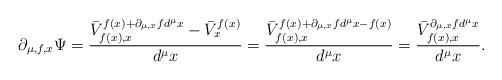
LaTeX: \begin{align*}\partial_{\mu,f,x}\Psi=\frac{\bar{V}^{f(x)+\partial_{\mu,x}fd^{\mu}x}_{f(x),x} - \bar{V}^{f(x)}_{x}}{d^{\mu}x}=\frac{\bar{V}^{f(x)+\partial_{\mu,x}fd^{\mu}x-f(x)}_{f(x),x}}{d^{\mu}x} =\frac{\bar{V}^{\partial_{\mu,x}fd^{\mu}x}_{f(x),x}}{d^{\mu}x}.\end{align*}